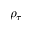
\rho _ { \tau }